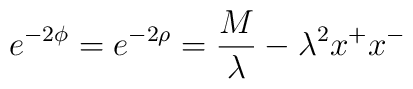
e^{-2\phi} = e^{-2\rho} = \frac{M}{\lambda} - \lambda^2x^+x^-